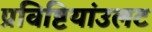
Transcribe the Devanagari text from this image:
प्रविष्टियांउलट